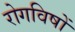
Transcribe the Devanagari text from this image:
रोगविषों